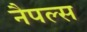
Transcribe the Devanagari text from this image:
नैपल्स